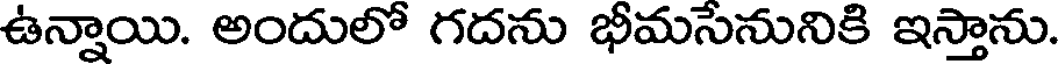
ఉన్నాయి. అందులో గదను భీమసేనునికి ఇస్తాను.